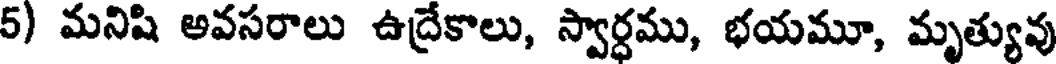
5) మనిషి అవసరాలు ఉద్రేకాలు, స్వార్ధము, భయమూ, మృత్యువు